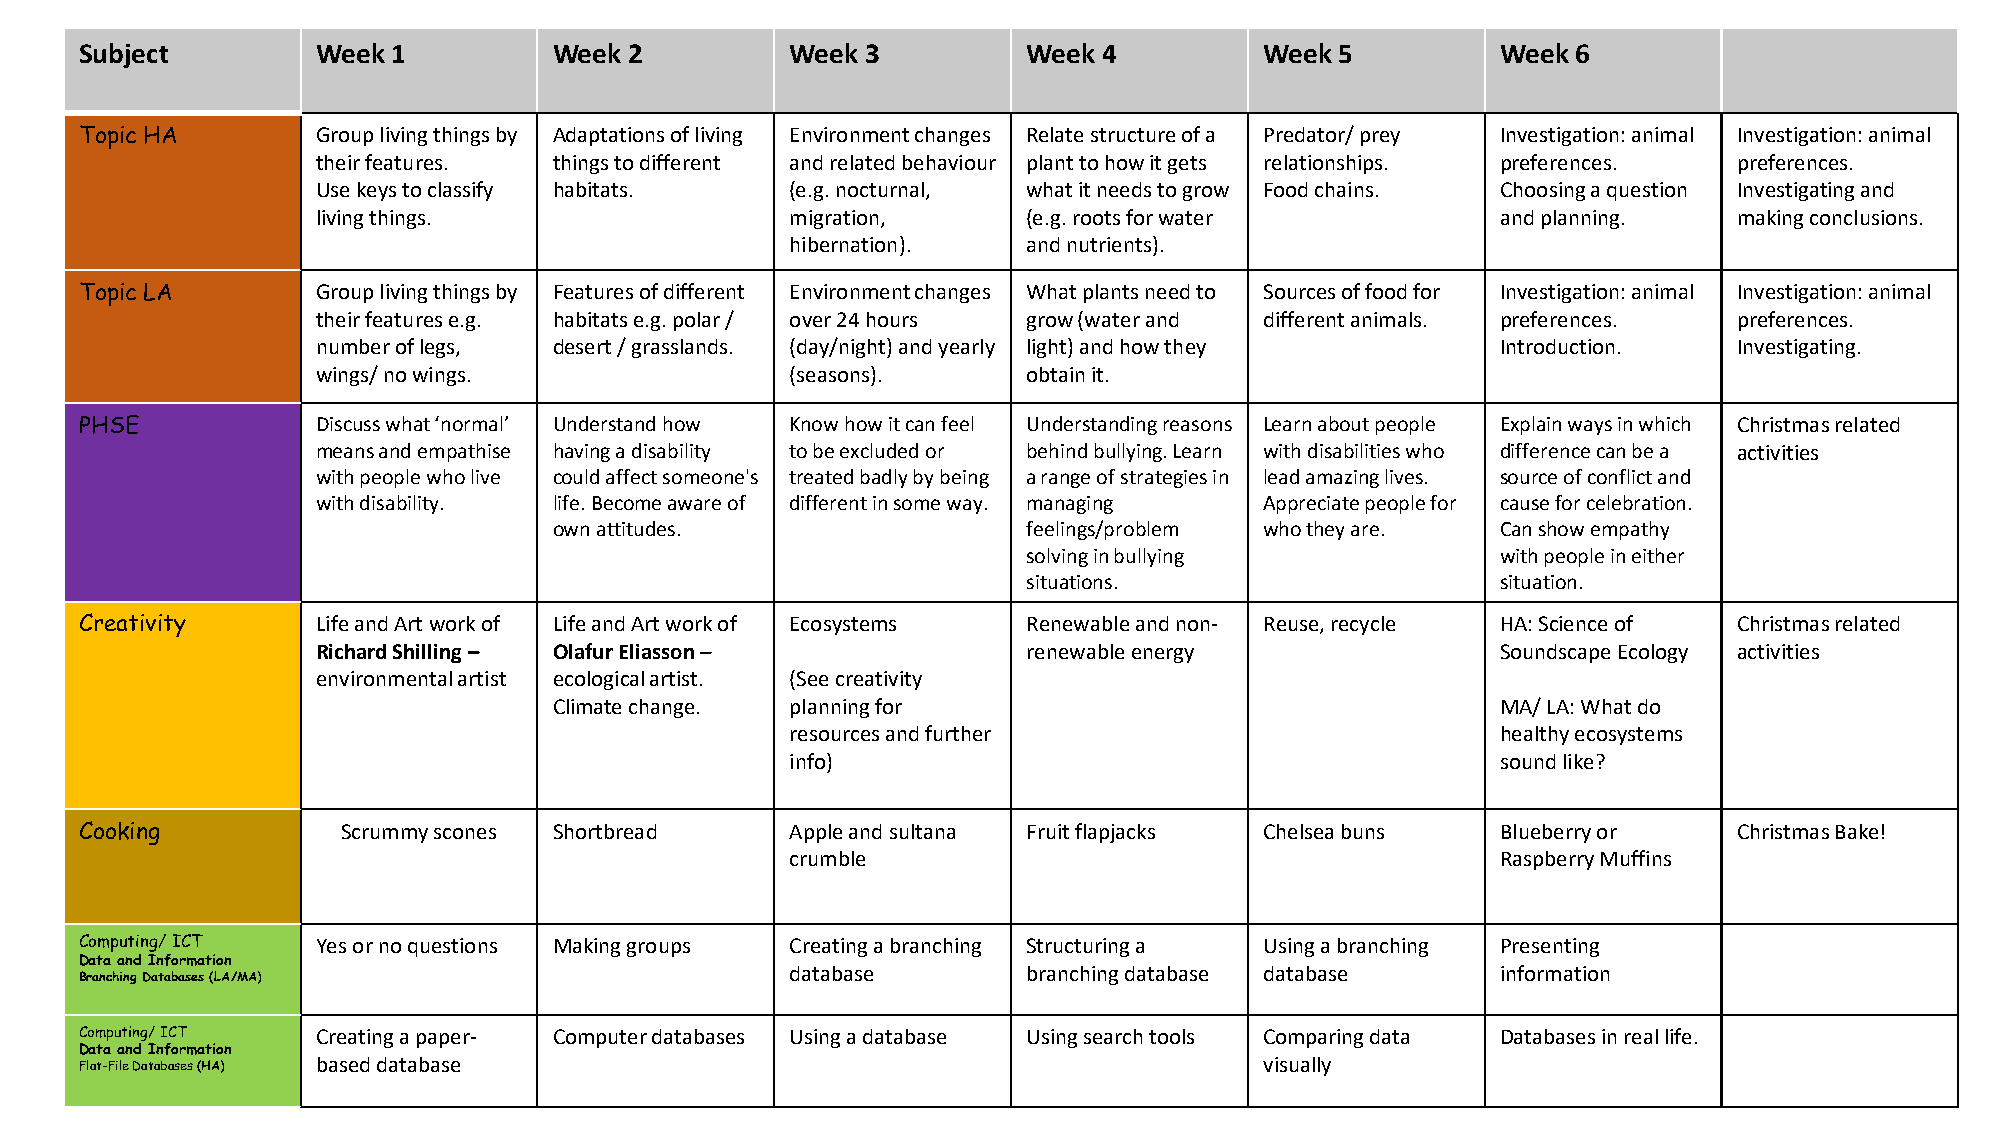
Subject         Week 1          Week 2         Week 3          Week 4          Week 5         Week 6
 Topic HA        Group living things by Adaptations of living Environment changes Relate structure of a Predator/ prey Investigation: animal Investigation: animal
 their features. things to different and related behaviour plant to how it gets relationships. preferences. preferences.
 Use keys to classify habitats. (e.g. nocturnal, what it needs to grow Food chains. Choosing a question Investigating and
 living things.                 migration,      (e.g. roots for water          and planning.   making conclusions.
 hibernation).   and nutrients).
 Topic LA        Group living things by Features of different Environment changes What plants need to Sources of food for Investigation: animal Investigation: animal
 their features e.g. habitats e.g. polar / over 24 hours grow (water and different animals. preferences. preferences.
 number of legs, desert / grasslands. (day/night) and yearly light) and how they Introduction. Investigating.
 wings/ no wings.               (seasons).      obtain it.
 PHSE            Discuss what ‘normal’ Understand how Know how it can feel Understanding reasons Learn about people Explain ways in which Christmas related
 means and empathise having a disability to be excluded or behind bullying. Learn with disabilities who difference can be a activities
 with people who live could affect someone's treated badly by being a range of strategies in lead amazing lives. source of conflict and
 with disability. life. Become aware of different in some way. managing Appreciate people for cause for celebration.
 own attitudes.                 feelings/problem who they are. Can show empathy
 solving in bullying            with people in either
 situations.                    situation.
 Creativity      Life and Art work of Life and Art work of Ecosystems Renewable and non- Reuse, recycle HA: Science of Christmas related
 Richard Shilling – OlafurEliasson –            renewable energy               Soundscape Ecology activities
 environmental artist ecological artist. (See creativity
 Climate change. planning for                                  MA/ LA: What do
 resources and further                          healthy ecosystems
 info)                                          sound like?
 Cooking           Scrummy scones Shortbread    Apple and sultana Fruit flapjacks Chelsea buns Blueberry or    Christmas Bake!
 crumble                                        Raspberry Muffins
 Computing/ ICT  Yes or no questions Making groups Creating a branching Structuring a Using a branching Presenting
 Data and Information
 database        branching database database    information
 Branching Databases (LA/MA)
 Computing/ ICT  Creating a paper- Computer databases Using a database Using search tools Comparing data Databases in real life.
 Data and Information
 Flat-File Databases (HA) based database                                        visually